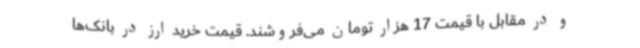
و در مقابل با قیمت 17 هزار تومان می‌فروشند. قیمت خرید ارز در بانک‌ها